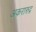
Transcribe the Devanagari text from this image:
अकरारुद्र